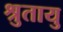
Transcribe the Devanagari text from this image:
श्रुतायु